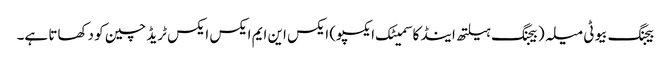
بیجنگ بیوٹی میلہ (بیجنگ ہیلتھ اینڈ کاسمیٹک ایکسپو) ایکس این ایم ایکس ایکس ٹریڈ چین کو دکھاتا ہے۔